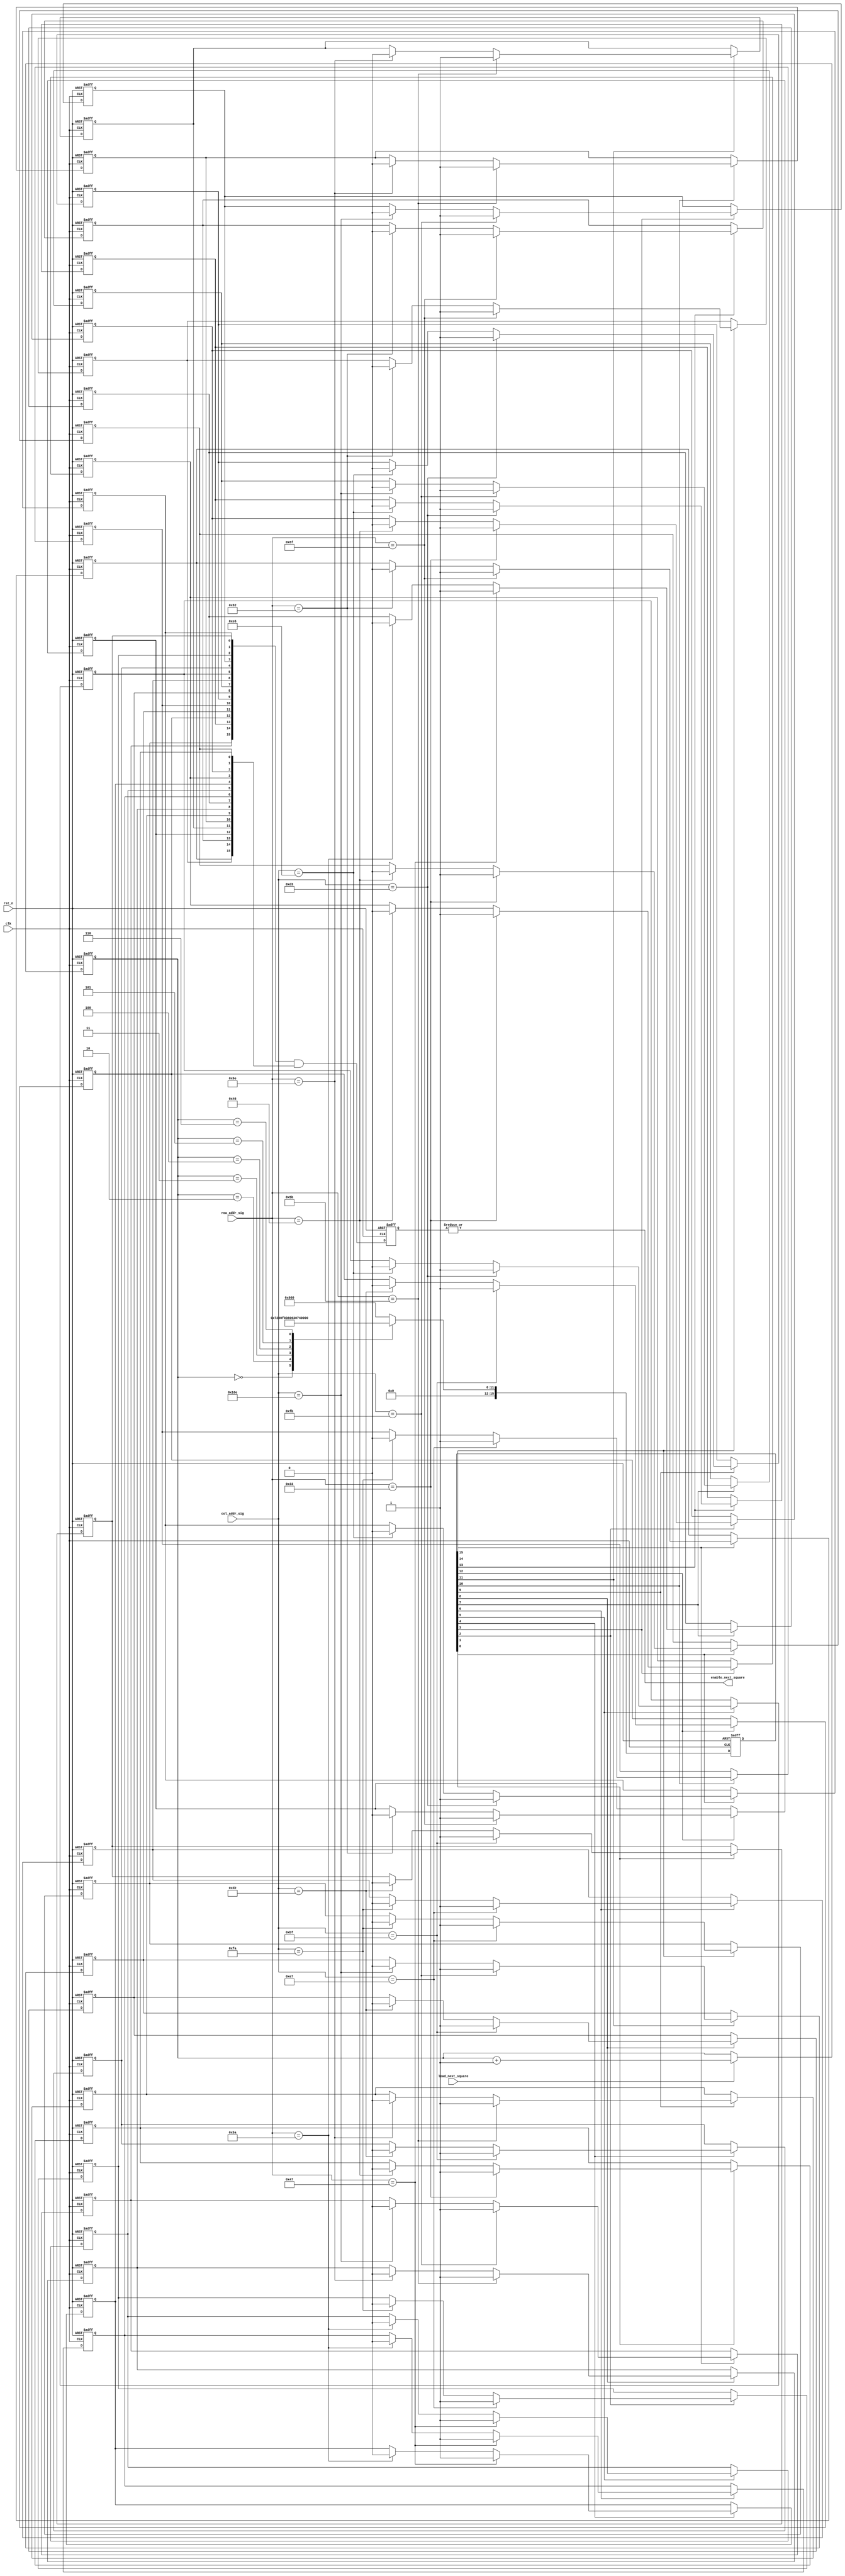
module enable_next_square_module
( clk, rst_n, col_addr_sig, row_addr_sig, load_next_square, 
  enable_next_square
);
input clk;
input rst_n;
input [10:0] col_addr_sig;
input [10:0] row_addr_sig;
input load_next_square;
output enable_next_square;

/**************************************************/

reg [2:0] square_type;  
reg [15:0] enable_square;
reg [15:0] enable_next_square_h;
reg [15:0] enable_next_square_v;
reg [15:0] enable_next_square_r;

/**************************************************/

always @ ( posedge clk or negedge rst_n )
  begin 
    if( !rst_n )
      square_type <= 3'd0;
    else if( load_next_square )
      square_type <= square_type + 1'b1;
    else 
      square_type <= square_type;
  end
  
/**************************************************/

always @ ( posedge clk or negedge rst_n )
  begin
    if( !rst_n )
      enable_square <= 16'b0000_0111_0010_0010;
    else  
      begin
        case(square_type)
          3'b000: enable_square <= 16'b0000_0111_0010_0000;
          3'b001: enable_square <= 16'b0000_0110_0110_0000;
          3'b010: enable_square <= 16'b0000_0000_1111_0000;
          3'b011: enable_square <= 16'b0000_0011_0110_0000;
          3'b100: enable_square <= 16'b0000_0110_0011_0000;
          3'b101: enable_square <= 16'b0000_0111_0100_0000;
          3'b110: enable_square <= 16'b0000_1110_0010_0000;
          default: enable_square <= 16'b0000_0110_0110_0000;
        endcase 
      end
  end
  
/**************************************************/

generate
  genvar i;
  for( i = 0; i <= 15; i = i + 1)
    begin: iloop
      always @ ( posedge clk or negedge rst_n )
        begin
          if ( !rst_n )
            enable_next_square_h[i] <= 1'b0;
          else if( enable_square[i] == 1'b1 )
            begin 
              if( col_addr_sig == 11'd191 + ( i % 11'd04 ) * 20 )  
                enable_next_square_h[i] <= 1'b1; 
              else if( col_addr_sig == 11'd210 + ( i % 11'd04 ) * 20 )
                enable_next_square_h[i] <= 1'b0; 
              else 
                enable_next_square_h[i] <= enable_next_square_h[i];
            end
          else 
            enable_next_square_h[i] <= enable_next_square_h[i];         
        end
    end 
endgenerate   

/**************************************************/

generate
  genvar j;
  for( j = 0; j <= 15; j = j + 1)
    begin: jloop
      always @ ( posedge clk or negedge rst_n )
        begin
          if( !rst_n )
            enable_next_square_v[j] <= 1'b0;
          else if( enable_square[j] == 1'b1 )
            begin
              if( row_addr_sig == 11'd51 + ( j / 11'd04 ) * 11'd20)
                enable_next_square_v[j] <= 1'b1;
              else if( row_addr_sig == 11'd70 + ( j / 11'd04 ) * 11'd20 )
                enable_next_square_v[j] <= 1'b0; 
              else 
                enable_next_square_v[j] <= enable_next_square_v[j];
            end
          else 
            enable_next_square_v[j] <= enable_next_square_v[j];
        end
    end
endgenerate

/**************************************************/

always @ ( posedge clk or negedge rst_n )
  begin 
    if( !rst_n )
      enable_next_square_r <= 16'd0;
    else 
      enable_next_square_r <= enable_next_square_h & enable_next_square_v;
  end
  
/**************************************************/

assign enable_next_square = | enable_next_square_r;   

/**************************************************/    
               
endmodule